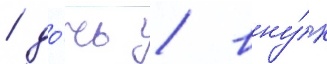
/ до́чь / вну́к